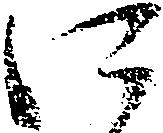
に